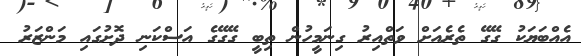
އެއްބަޔަކު ގޭގޭ ތެރެއަށް ވަތްއިރު ގިނަމީހުން ތިބީ ގޭގޭގެ އަސްކަނި ދޮށުގައި މަންޒަރު